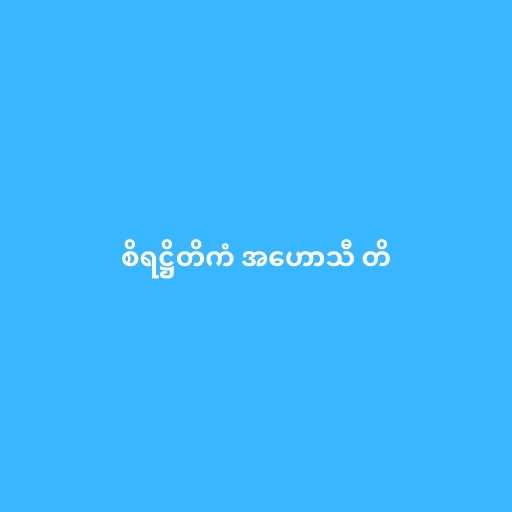
စိရဋ္ဌိတိကံ အဟောသီ တိ